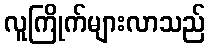
လူကြိုက်များလာသည်